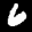
Label: 6